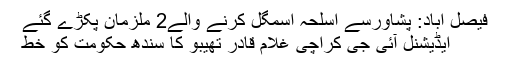
فیصل آباد: پشاورسے اسلحہ اسمگل کرنے والے2 ملزمان پکڑے گئے
ایڈیشنل آئی جی کراچی غلام قادر تھیبو کا سندھ حکومت کو خط